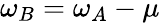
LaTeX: \omega_{B}=\omega_{A}-\mu